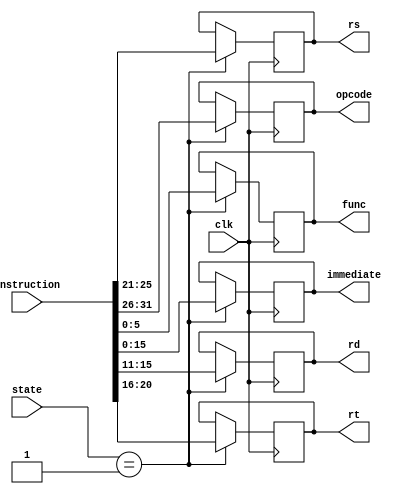
`timescale 1ns / 1ps
//////////////////////////////////////////////////////////////////////////////////
// Company: 
// Engineer: 
// 
// Design Name: 
// Module Name:    instr_sep 
// Project Name: 
// Target Devices: 
// Tool versions: 
// Description: 
//
// Dependencies: 
//
// Revision: 
// Revision 0.01 - File Created
// Additional Comments: 
//
//////////////////////////////////////////////////////////////////////////////////
`define STATE_FIELDS 1
module instr_sep(clk, state, instruction, opcode, rs, rt, rd, immediate, func);

   input clk;
	input [2:0] state;
	input [31:0] instruction;
	
	output [5:0] opcode;
	output [4:0] rs;
	output [4:0] rt;
	output [4:0] rd;
	output [15:0] immediate;
	output [5:0] func;
	
	reg [5:0] opcode;
	reg [4:0] rs;
	reg [4:0] rt;
	reg [4:0] rd;
	reg [15:0] immediate;
	reg [5:0] func;
	
	always @ (posedge clk) begin
	   	if (state == `STATE_FIELDS) begin
		   opcode <= instruction[31:26];
			rs <= instruction[25:21];
			rt <= instruction[20:16];
			rd <= instruction[15:11];
			immediate <= instruction[15:0];
			func <= instruction[5:0];
		end
	end
endmodule